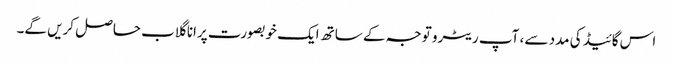
اس گائیڈ کی مدد سے ، آپ ریٹرو توجہ کے ساتھ ایک خوبصورت پرانا گلاب حاصل کریں گے۔